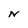
Character: N